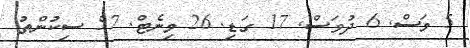
5 މަސް